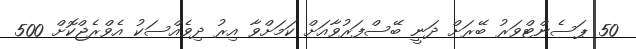
50 ޕަސެންޓްވަރު ބޭރަށް ދަނީ ބޭސްފަރުވާއަށް ކަމަށްވާ އިރު ދިވެއްސަކު އެވްރެޖްކޮށް 500